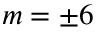
m = \pm 6